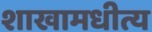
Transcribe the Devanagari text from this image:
शाखामधीत्य